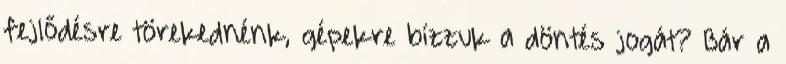
fejlődésre törekednénk, gépekre bízzuk a döntés jogát? Bár a